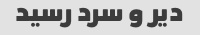
دیر ‌و سرد رسید